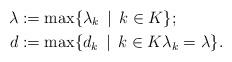
LaTeX: \begin{align*}\lambda & :=\max \{\lambda_k\, \mid\, k\in K \};\\d & :=\max\{d_k\,\mid\, k\in K \lambda_k=\lambda\}.\end{align*}